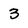
Character: 3